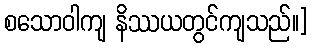
စသောဝါကျ နိဿယတွင်ကျသည်။]